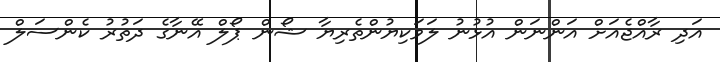
އަދި ރާއްޖެއަށް އަންނަން އުޅުނު ލަވަކިޔުންތެރިޔާ ޝޯން ޕޯލް އޭނާގެ ދަތުރު ކެންސަލް